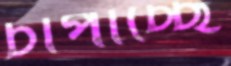
চাপাচ্ছে